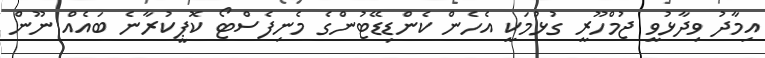
އިމާދު ވިދާޅުވީ ޖުމްހޫރީ ގުޅުމަކީ އެހެން ކެންޑިޑޭޓުންގެ މެނިފެސްޓޯ ކޮޕީކުރާނެ ބައެއް ނޫން